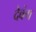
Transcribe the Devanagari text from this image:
देवंग